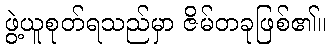
ဖွဲ့ယူစုတ်ရသည်မှာ ဇိမ်တခုဖြစ်၏။